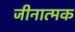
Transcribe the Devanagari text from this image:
जीनात्मक